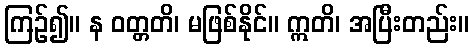
ကြဉ်၍။ န ဝတ္တတိ၊ မဖြစ်နိုင်။ ဣတိ၊ အပြီးတည်း။